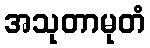
အသုတာမုတံ